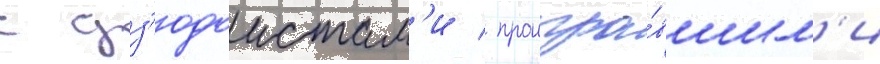
с дз'юдоистам'и / проигра́вшим'и